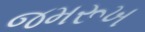
જમરૂખ